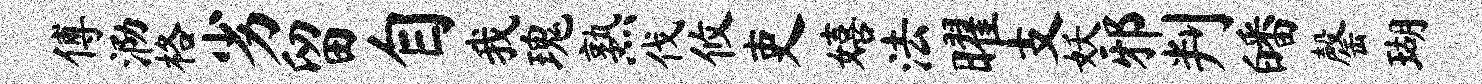
傅泐格劣留自我瑰熟伐攸吏嬉法曜支妖邪判皤罄瑚